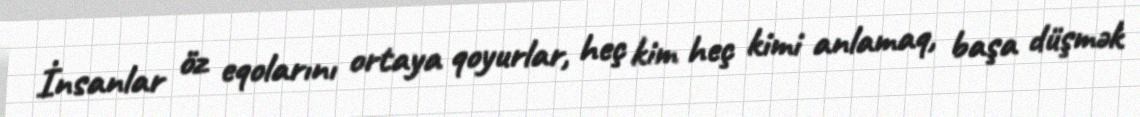
İnsanlar öz eqolarını ortaya qoyurlar, heç kim heç kimi anlamaq, başa düşmək